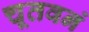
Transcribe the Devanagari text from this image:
चूतवनं